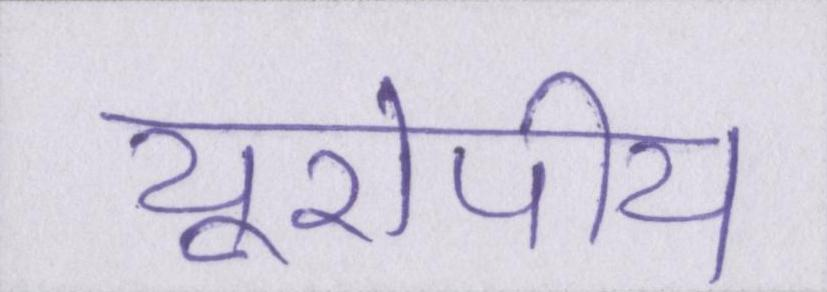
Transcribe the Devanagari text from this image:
यूरोपीय